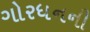
ગોરધનની